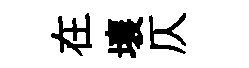
在壤仄